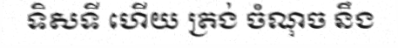
ទិសទី ហើយ ត្រង់ ចំណុច នឹង